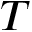
T